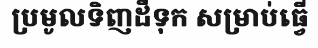
ប្រមូលទិញដីទុក សម្រាប់ធ្វើ